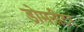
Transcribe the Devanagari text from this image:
डोमनीटर